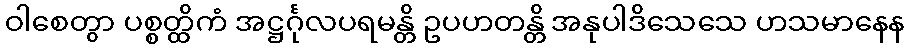
ဝါစေတွာ ပစ္စတ္ထိကံ အဋ္ဌင်္ဂုလပရမန္တိ ဥပဟတန္တိ အနုပါဒိသေသေ ဟသမာနေန